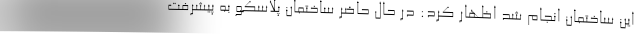
این ساختمان انجام شد اظهار کرد: در حال حاضر ساختمان پلاسکو به پیشرفت